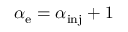
\alpha _ { \mathrm { e } } = \alpha _ { \mathrm { i n j } } + 1